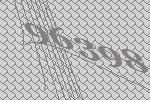
96398